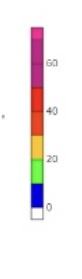
Blue: 0 to 10
Green: 10 to 20
Yellow: 20 to 30
Orange: 30 to 40
Red: 40 to 50
Magenta: 50 to 70
Pink: 70 to 75